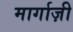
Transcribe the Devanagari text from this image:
मार्गाज़ी